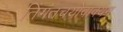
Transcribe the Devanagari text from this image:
तिंगंतचयोवाक्यम्